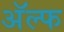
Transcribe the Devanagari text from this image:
अॅल्फ